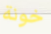
خونة